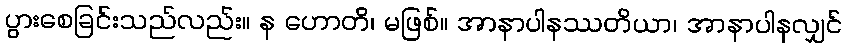
ပွားစေခြင်းသည်လည်း။ န ဟောတိ၊ မဖြစ်။ အာနာပါနဿတိယာ၊ အာနာပါနလျှင်